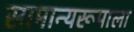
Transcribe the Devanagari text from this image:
सामान्यरूपाला